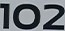
102